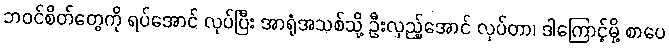
ဘဝင်စိတ်တွေကို ရပ်အောင် လုပ်ပြီး အာရုံအသစ်သို့ ဦးလှည့်အောင် လုပ်တာ၊ ဒါကြောင့်မို့ စာပေ